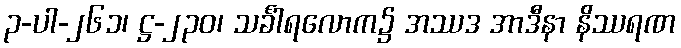
၃-ပါ-၂၆၁၊ ဋ္ဌ-၂၃၀၊ သင်္ခါရလောက၌ အဿဒ အာဒီနာ နိဿရဏ